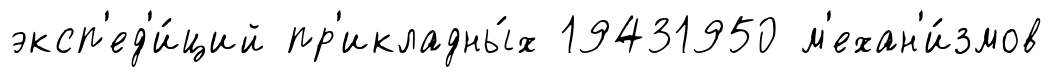
эксп'ед'и́ций пр'икладны́х 19431950 м'ехан'и́змов